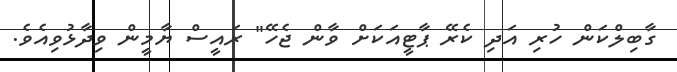
ގާބިލްކަން ހުރި އަދި ކެރޭ ޕާޓީއަކަށް ވާން ޖެހޭ" ރައީސް ޔާމީން ވިދާޅުވިއެވެ.